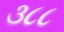
૩૮૮